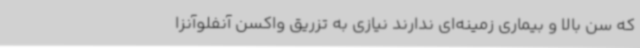
که سن بالا و بیماری زمینه‌ای ندارند نیازی به تزریق واکسن آنفلوآنزا